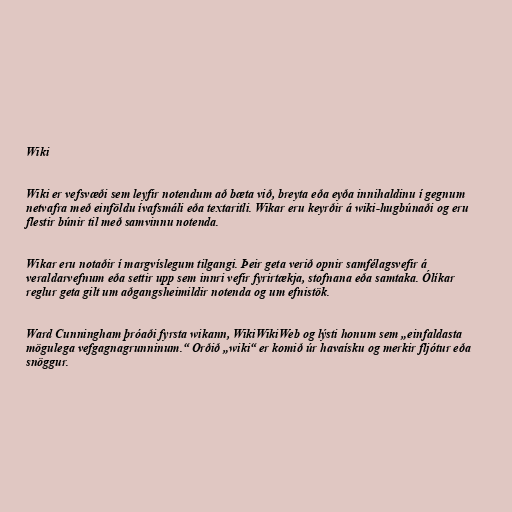
Wiki

Wiki er vefsvæði sem leyfir notendum að bæta við, breyta eða eyða innihaldinu í gegnum
netvafra með einföldu ívafsmáli eða textaritli. Wikar eru keyrðir á wiki-hugbúnaði og eru
flestir búnir til með samvinnu notenda.

Wikar eru notaðir í margvíslegum tilgangi. Þeir geta verið opnir samfélagsvefir á
veraldarvefnum eða settir upp sem innri vefir fyrirtækja, stofnana eða samtaka. Ólíkar
reglur geta gilt um aðgangsheimildir notenda og um efnistök.

Ward Cunningham þróaði fyrsta wikann, WikiWikiWeb og lýsti honum sem „einfaldasta
mögulega vefgagnagrunninum.“ Orðið „wiki“ er komið úr havaísku og merkir fljótur eða
snöggur.